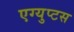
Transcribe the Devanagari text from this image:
एग्युप्टस